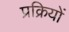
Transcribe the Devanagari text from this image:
प्रक्रियों